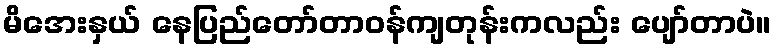
မိအေးနှယ် နေပြည်တော်တာဝန်ကျတုန်းကလည်း ပျော်တာပဲ။